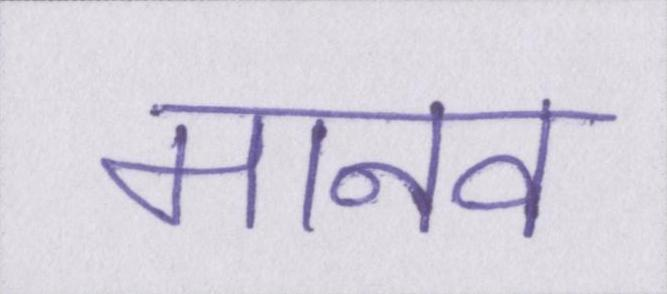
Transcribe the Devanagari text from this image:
मानव